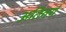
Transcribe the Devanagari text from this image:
अतिवर्य